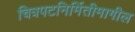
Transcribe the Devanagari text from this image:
चित्रपटनिर्मितीमागील